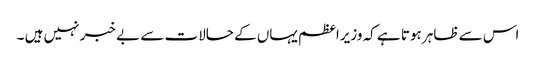
اس سے ظاہر ہوتا ہے کہ وزیراعظم یہاں کے حالات سے بے خبر نہیں ہیں ۔